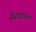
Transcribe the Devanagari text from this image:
सेरोटिनेला